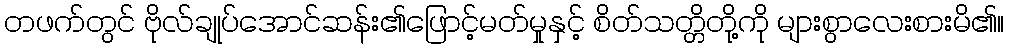
တဖက်တွင် ဗိုလ်ချုပ်အောင်ဆန်း၏ဖြောင့်မတ်မှုနှင့် စိတ်သတ္တိတို့ကို များစွာလေးစားမိ၏။